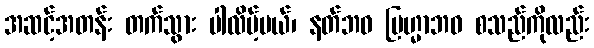
အဆင့်အတန်း တက်သွား ပါလိမ့်မယ်၊ နတ်ဘဝ ဗြဟ္မာဘဝ စသည်ကိုလည်း